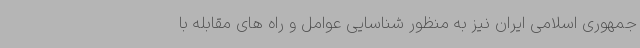
جمهوری اسلامی ایران نیز به منظور شناسایی عوامل و راه های مقابله با